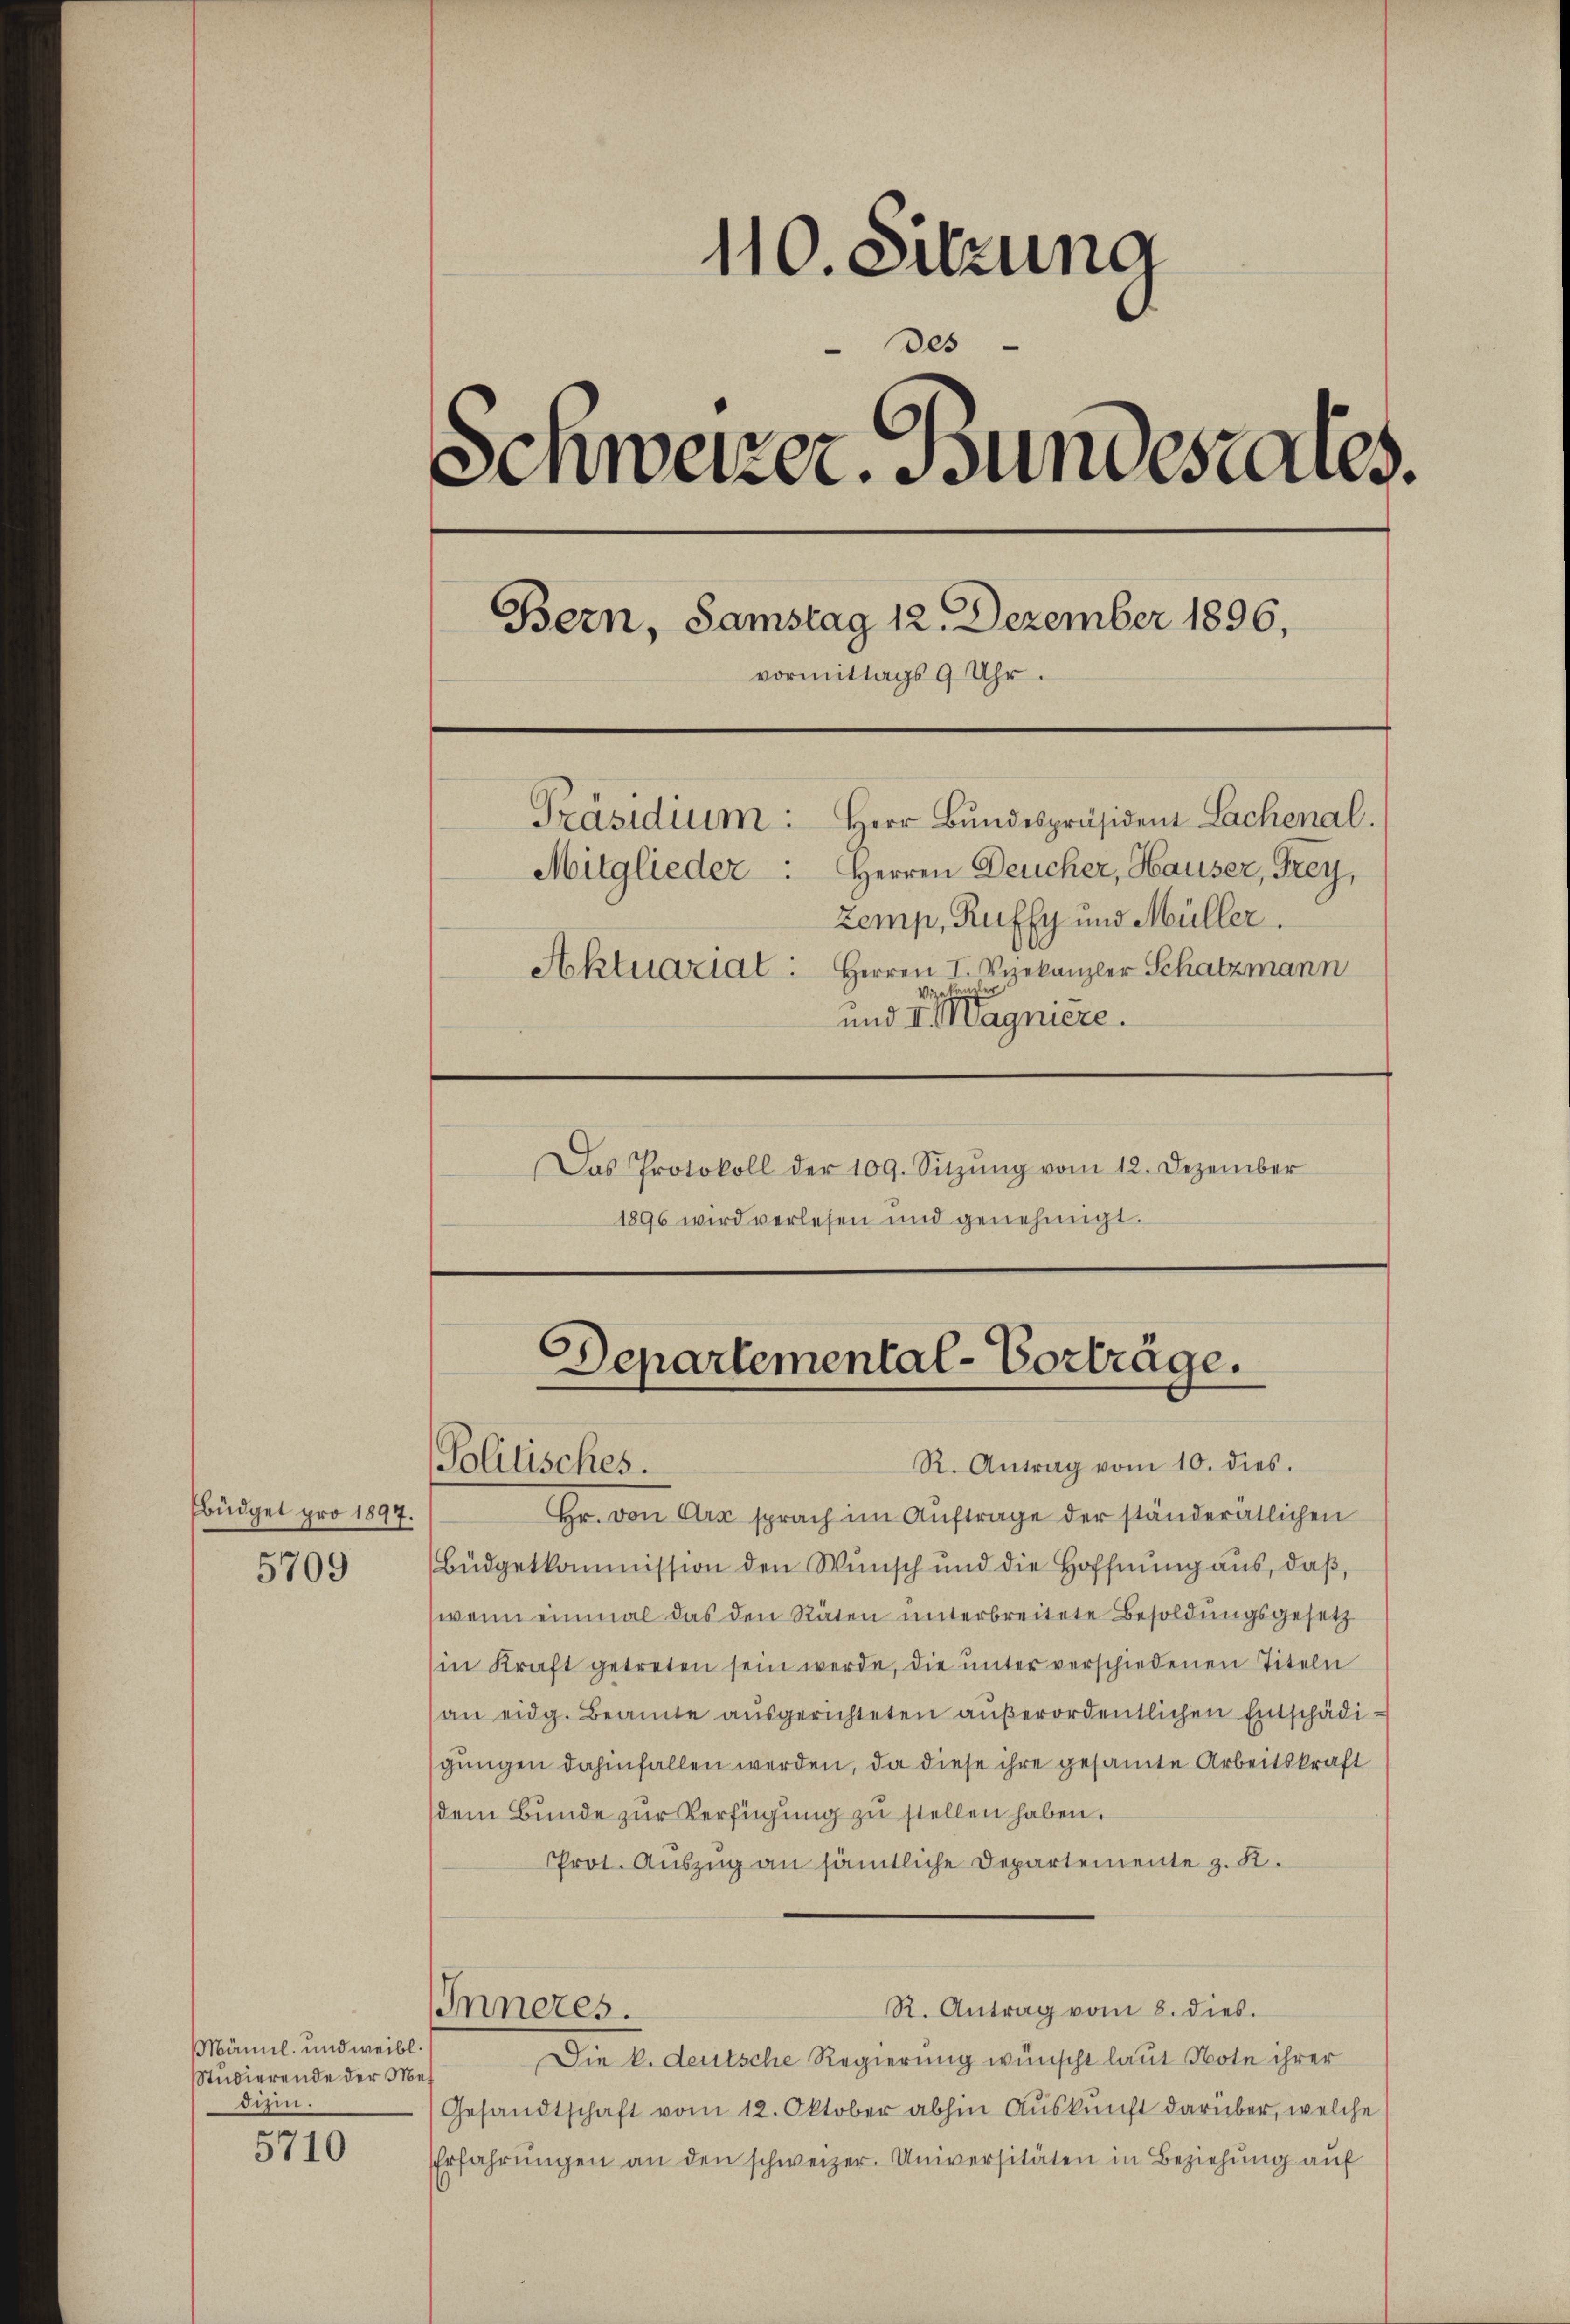
büdget pro 1897.

5709

Männl. und weibl
Studierende der Me
dizin.

5710

110. Sitzung
des
Schweizer. Bundesrates.
Bern, Samstag 12. Dezember 1896,
vormittags 9 Uhr.
Präsidium: Herr Bŭndespräsident Lachenal.
Mitglieder. Herren Deucher, Hauser, Frey,
Zemp, Ruffy und Müller
Aktuariat: Herren I. Seekanzler Schatzmann
gekan
und I. Magniere.

Das Protokoll der 109. Sitzŭng vom 12. Dezember
1896 wird verlesen und genehmigt.

Departemental-Vorträge.
R. Antrag vom 10. dies.
Politisches.

Hr. von Arx sprach im Auftrage der ständerätlichen
Büdgetkommission den Wunsch und die Hoffnung aus, daβ
wenn einmal das den Stäten unterbreitete Besoldungsgesetz
in Kraft getreten sein werde, die ŭnter verschiedenen Titeln
an eidg. Beamte ausgerichteten außerordentlichen Entschädigungen dahinfallen werden, da diese ihre gesammte Arbeitskraft
dem Bŭnde zŭr Verfügung zu stellen haben.
Prot. Auszug an sämtliche Departemente z. B.
R. Antrag vom 8. dies.
Inneres.
Die k. deutsche Regierung wünscht laut Note ihrer
(Gesandtschaft vom 12. Oktober abhin Auskunft darüber, welche
Erfahrungen an den schweizer. Universitäten in Beziehung auf